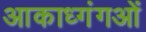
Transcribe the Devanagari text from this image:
आकाध्गंगओं